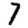
Digit: 7